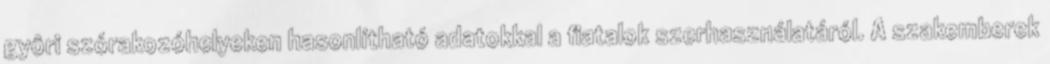
gyôri szórakozóhelyeken hasonlítható adatokkal a fiatalok szerhasználatáról. A szakemberek